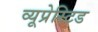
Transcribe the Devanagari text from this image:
व्यूप्रेस्टिड